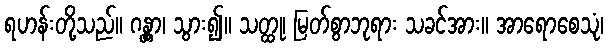
ရဟန်းတို့သည်။ ဂန္တွာ၊ သွား၍။ သတ္ထု၊ မြတ်စွာဘုရား သခင်အား။ အာရောစေသုံ၊